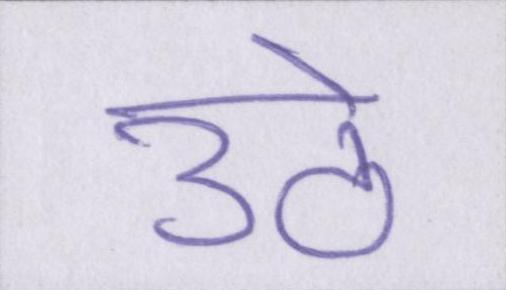
उठे